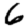
Digit: 6